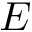
E